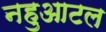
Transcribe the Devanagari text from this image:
नहुआटल